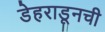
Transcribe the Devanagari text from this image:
डेहराडूनची